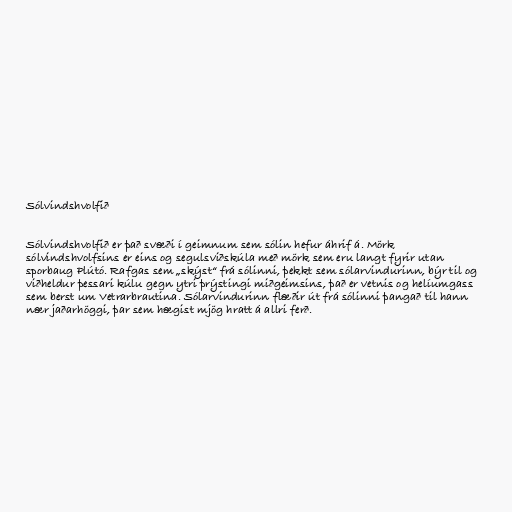
Sólvindshvolfið

Sólvindshvolfið er það svæði í geimnum sem sólin hefur áhrif á. Mörk
sólvindshvolfsins er eins og segulsviðskúla með mörk sem eru langt fyrir utan
sporbaug Plútó. Rafgas sem „skýst“ frá sólinni, þekkt sem sólarvindurinn, býr til og
viðheldur þessari kúlu gegn ytri þrýstingi miðgeimsins, það er vetnis og helíumgass
sem berst um Vetrarbrautina. Sólarvindurinn flæðir út frá sólinni þangað til hann
nær jaðarhöggi, þar sem hægist mjög hratt á allri ferð.